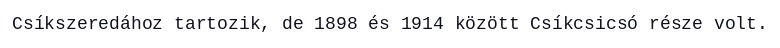
Csíkszeredához tartozik, de 1898 és 1914 között Csíkcsicsó része volt.